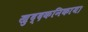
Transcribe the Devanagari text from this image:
खुद्दकनिकाय।